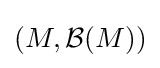
(M,{\mathcal {B}}(M))